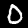
Digit: 0